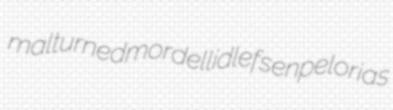
malturned mordellid lefsen pelorias